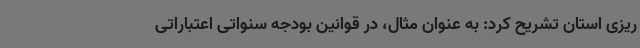
ریزی استان تشریح کرد: به عنوان مثال، در قوانین بودجه سنواتی اعتباراتی